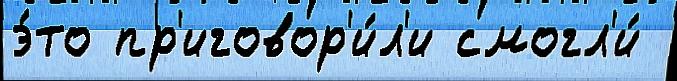
э́то пр'иговор'и́л'и смогл'и́